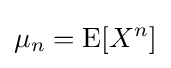
\mu _{n}=\operatorname {E} [X^{n}]